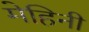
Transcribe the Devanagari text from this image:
मेहिनी